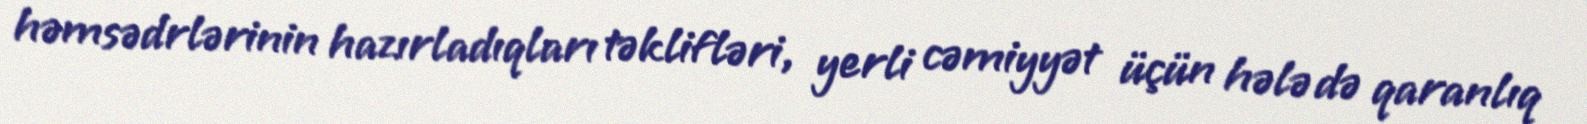
həmsədrlərinin hazırladıqları təklifləri, yerli cəmiyyət üçün hələ də qaranlıq